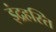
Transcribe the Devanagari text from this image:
इंद्रहस्ति